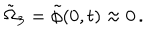
\tilde { \Omega } _ { 3 } = \tilde { \phi } ( 0 , t ) \approx 0 \, .